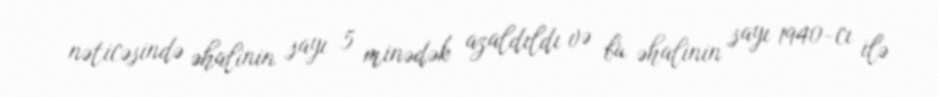
nəticəsində əhalinin sayı 5 minədək azaldıldı və bu əhalinin sayı 1940-cı ilə